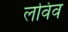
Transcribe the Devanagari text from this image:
लविव